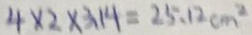
4 \times 2 \times 3 . 1 4 = 2 5 . 1 2 c m ^ { 2 }